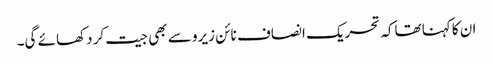
ان کاکہنا تھاکہ تحریک انصاف نائن زیرو سے بھی جیت کر دکھائے گی۔